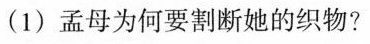
(1)孟母为何要割断她的织物?